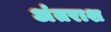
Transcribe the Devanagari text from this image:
अंतराश